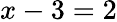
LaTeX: x-3=2